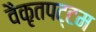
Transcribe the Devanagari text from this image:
वैकृतपट्टम